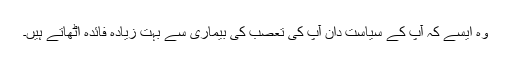
وہ ایسے کہ آپ کے سیاست دان آپ کی تعصب کی بیماری سے بہت زیادہ فائدہ اُٹھاتے ہیں۔